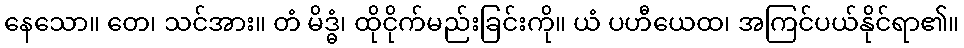
နေသော။ တေ၊ သင်အား။ တံ မိဒ္ဓံ၊ ထိုငိုက်မည်းခြင်းကို။ ယံ ပဟီယေထ၊ အကြင်ပယ်နိုင်ရာ၏။